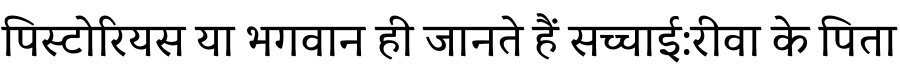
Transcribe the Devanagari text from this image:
पिस्टोरियस या भगवान ही जानते हैं सच्चाई:रीवा के पिता